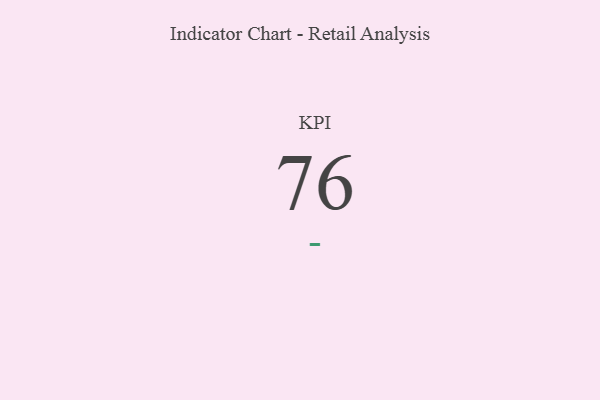
{"axis": {"x": "KPI", "y": "Value"}, "legend": [""], "data": [{"x": "KPI", "y": 76, "type": ""}]}